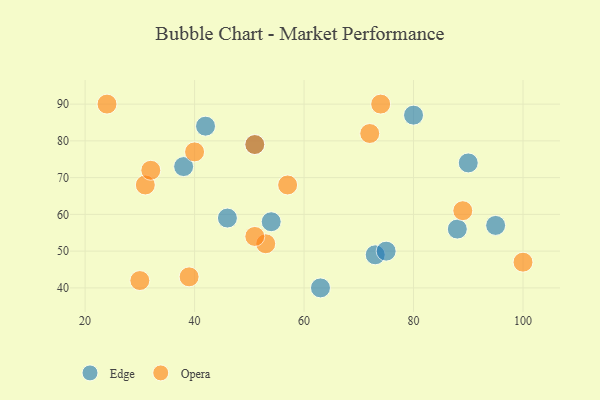
{"axis": {"x": "GDP", "y": "Life Expectancy"}, "legend": ["Edge", "Opera"], "data": [{"x": "90", "y": 74, "type": "Edge"}, {"x": "73", "y": 49, "type": "Edge"}, {"x": "38", "y": 73, "type": "Edge"}, {"x": "88", "y": 56, "type": "Edge"}, {"x": "46", "y": 59, "type": "Edge"}, {"x": "42", "y": 84, "type": "Edge"}, {"x": "54", "y": 58, "type": "Edge"}, {"x": "63", "y": 40, "type": "Edge"}, {"x": "95", "y": 57, "type": "Edge"}, {"x": "51", "y": 79, "type": "Edge"}, {"x": "80", "y": 87, "type": "Edge"}, {"x": "75", "y": 50, "type": "Edge"}, {"x": "100", "y": 47, "type": "Opera"}, {"x": "30", "y": 42, "type": "Opera"}, {"x": "31", "y": 68, "type": "Opera"}, {"x": "74", "y": 90, "type": "Opera"}, {"x": "53", "y": 52, "type": "Opera"}, {"x": "89", "y": 61, "type": "Opera"}, {"x": "40", "y": 77, "type": "Opera"}, {"x": "51", "y": 79, "type": "Opera"}, {"x": "57", "y": 68, "type": "Opera"}, {"x": "39", "y": 43, "type": "Opera"}, {"x": "51", "y": 54, "type": "Opera"}, {"x": "72", "y": 82, "type": "Opera"}, {"x": "24", "y": 90, "type": "Opera"}, {"x": "32", "y": 72, "type": "Opera"}]}